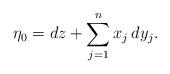
LaTeX: \begin{align*}\eta_0 = dz + \sum_{j=1}^n x_j \, dy_j.\end{align*}